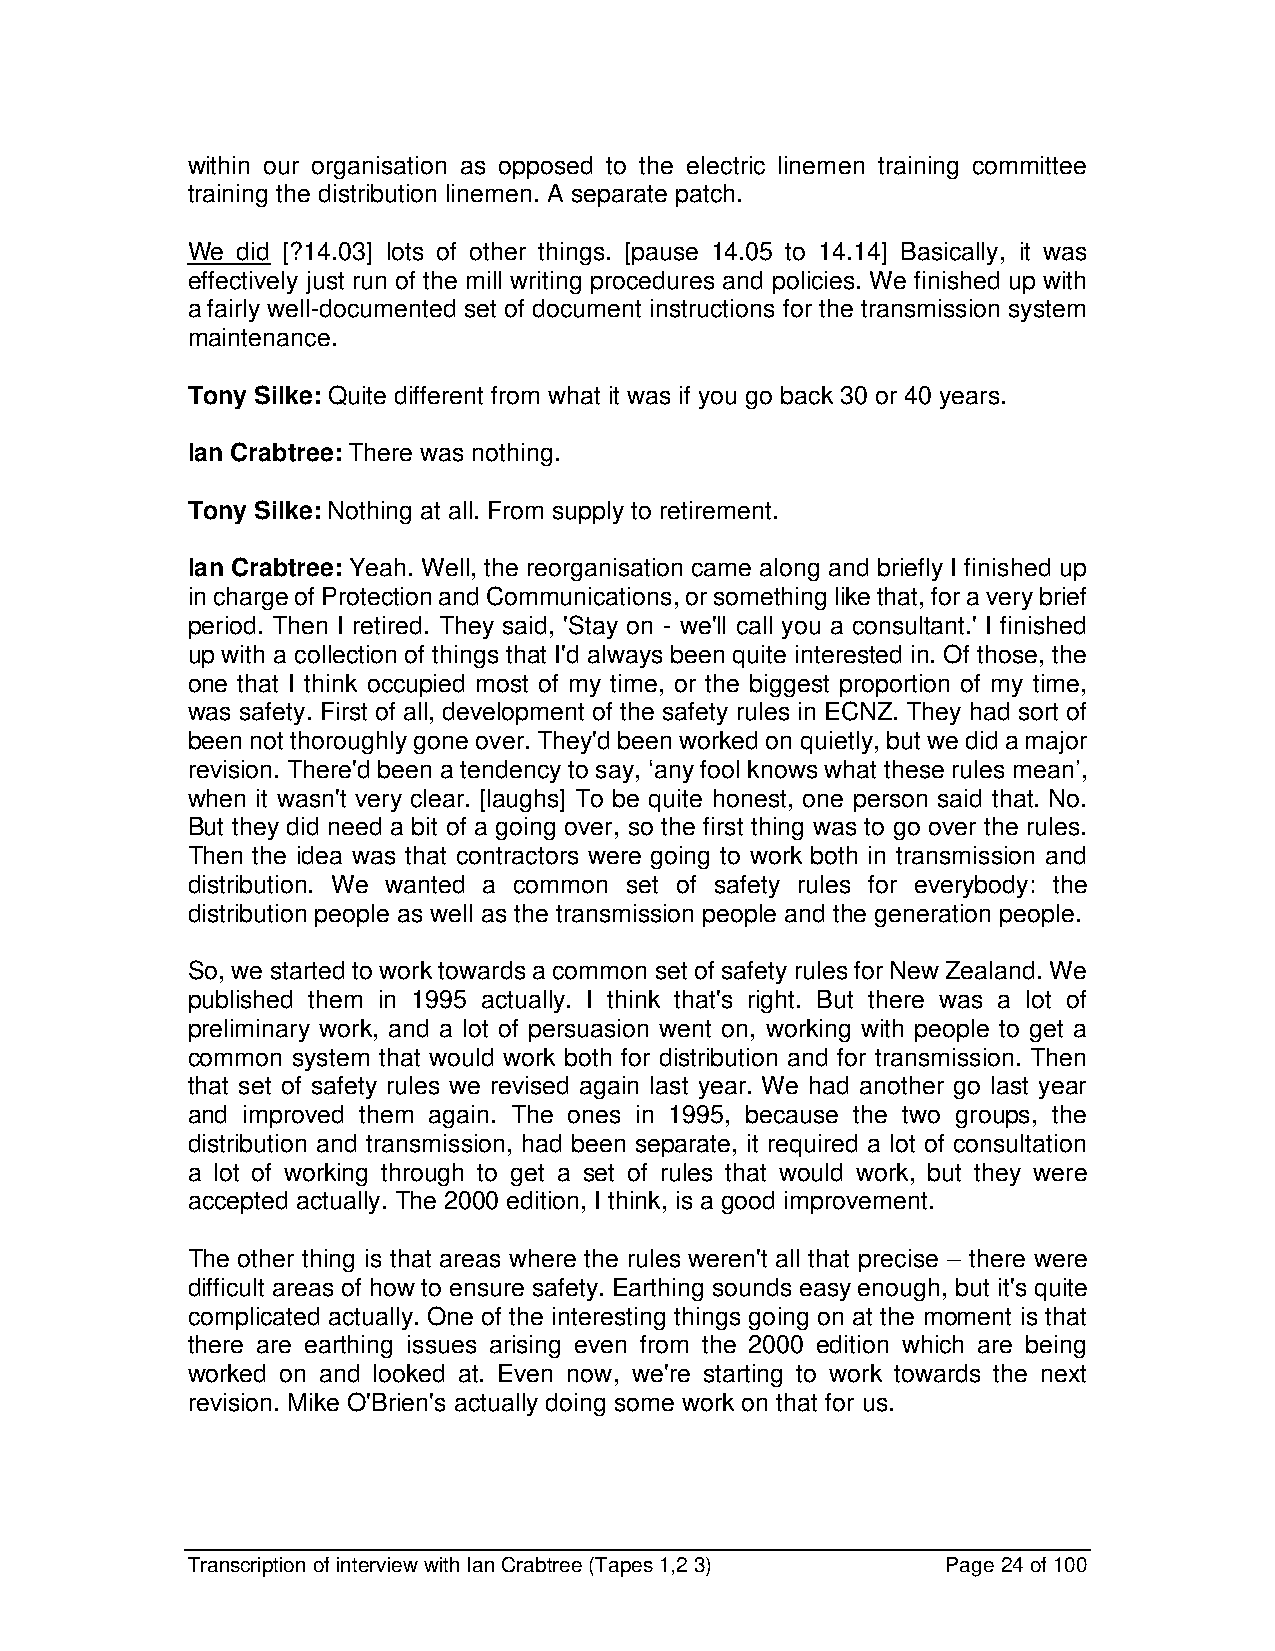
within our organisation as opposed to the electric linemen training committee
 training the distribution linemen. A separate patch.
 We  did [?14.03] lots of other things. [pause 14.05 to 14.14] Basically, it was
 effectively just run of the mill writing procedures and policies. We finished up with
 a fairly well-documented set of document instructions for the transmission system
 maintenance.
 Tony Silke: Quite different from what it was if you go back 30 or 40 years.
 Ian Crabtree: There was nothing.
 Tony Silke: Nothing at all. From supply to retirement.
 Ian Crabtree: Yeah. Well, the reorganisation came along and briefly I finished up
 in charge of Protection and Communications, or something like that, for a very brief
 period. Then I retired. They said, 'Stay on - we'll call you a consultant.' I finished
 up with a collection of things that I'd always been quite interested in. Of those, the
 one that I think occupied most of my time, or the biggest proportion of my time,
 was safety. First of all, development of the safety rules in ECNZ. They had sort of
 been not thoroughly gone over. They'd been worked on quietly, but we did a major
 revision. There'd been a tendency to say, ‘any fool knows what these rules mean’,
 when it wasn't very clear. [laughs] To be quite honest, one person said that. No.
 But they did need a bit of a going over, so the first thing was to go over the rules.
 Then the idea was that contractors were going to work both in transmission and
 distribution. We wanted a common set of safety rules for everybody: the
 distribution people as well as the transmission people and the generation people.
 So, we started to work towards a common set of safety rules for New Zealand. We
 published them in 1995 actually. I think that's right. But there was a lot of
 preliminary work, and a lot of persuasion went on, working with people to get a
 common system that would work both for distribution and for transmission. Then
 that set of safety rules we revised again last year. We had another go last year
 and improved them again. The ones in 1995, because the two groups, the
 distribution and transmission, had been separate, it required a lot of consultation
 a lot of working through to get a set of rules that would work, but they were
 accepted actually. The 2000 edition, I think, is a good improvement.
 The other thing is that areas where the rules weren't all that precise – there were
 difficult areas of how to ensure safety. Earthing sounds easy enough, but it's quite
 complicated actually. One of the interesting things going on at the moment is that
 there are earthing issues arising even from the 2000 edition which are being
 worked on and looked at. Even now, we're starting to work towards the next
 revision. Mike O'Brien's actually doing some work on that for us.
 Transcription of interview with Ian Crabtree (Tapes 1,2 3) Page 24 of 100